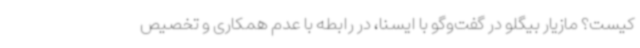
کیست؟ مازیار بیگلو در گفت‌وگو با ایسنا، در رابطه با عدم همکاری و تخصیص